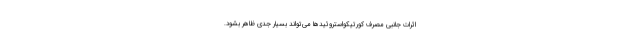
اثرات جانبی مصرف کورتیکواستروئید‌ها می‌تواند بسیار جدی ظاهر بشود.